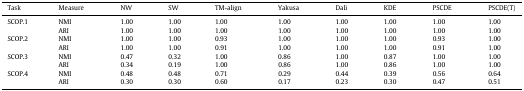
| Task | Measure | NW | SW | TM-align | Yakusa | Dali | KDE | PSCDE | PSCDE(T) |
 | --- | --- | --- | --- | --- | --- | --- | --- | --- | --- |
 | SCOP.1 | NMI | 1.00 | 1.00 | 1.00 | 1.00 | 1.00 | 1.00 | 1.00 | 1.00 |
 |  | ARI | 1.00 | 1.00 | 1.00 | 1.00 | 1.00 | 1.00 | 1.00 | 1.00 |
 | SCOP.2 | NMI | 1.00 | 1.00 | 0.93 | 1.00 | 1.00 | 1.00 | 0.93 | 1.00 |
 |  | ARI | 1.00 | 1.00 | 0.91 | 1.00 | 1.00 | 1.00 | 0.91 | 1.00 |
 | SCOP.3 | NMI | 0.47 | 0.32 | 1.00 | 0.86 | 1.00 | 0.87 | 1.00 | 1.00 |
 |  | ARI | 0.34 | 0.19 | 1.00 | 0.86 | 1.00 | 0.86 | 1.00 | 1.00 |
 | SCOP.4 | NMI | 0.48 | 0.48 | 0.71 | 0.29 | 0.44 | 0.39 | 0.56 | 0.64 |
 |  | ARI | 0.30 | 0.30 | 0.60 | 0.17 | 0.23 | 0.30 | 0.47 | 0.51 |